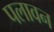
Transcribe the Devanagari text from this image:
पलावन